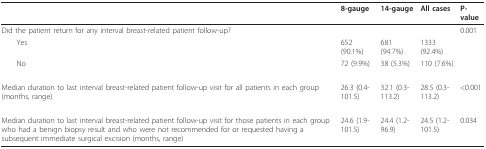
<table><thead><tr><td></td><td><b>8-gauge</b></td><td><b>14-gauge</b></td><td><b>All cases</b></td><td><b>P-value</b></td></tr></thead><tbody><tr><td>Did the patient return for any interval breast-related patient follow-up?</td><td></td><td></td><td></td><td>0.001</td></tr><tr><td> Yes</td><td>652 (90.1%)</td><td>681 (94.7%)</td><td>1333 (92.4%)</td><td></td></tr><tr><td> No</td><td>72 (9.9%)</td><td>38 (5.3%)</td><td>110 (7.6%)</td><td></td></tr><tr><td>Median duration to last interval breast-related patient follow-up visit for all patients in each group (months, range)</td><td>26.3 (0.4-101.5)</td><td>32.1 (0.3-113.2)</td><td>28.5 (0.3-113.2)</td><td>&lt;0.001</td></tr><tr><td>Median duration to last interval breast-related patient follow-up visit for those patients in each group who had a benign biopsy result and who were not recommended for or requested having a subsequent immediate surgical excision (months, range)</td><td>24.6 (1.9-101.5)</td><td>24.4 (1.2-96.9)</td><td>24.5 (1.2-101.5)</td><td>0.034</td></tr></tbody></table>